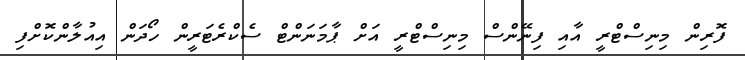
ފޮރިން މިނިސްޓްރީ އާއި ފިނޭންސް މިިނިސްޓްރީ އަށް ޕާމަނަންޓް ސެކްރެޓަރީން ހޯދަން އިއުލާންކޮށްފި